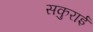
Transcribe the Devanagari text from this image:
सकुराई